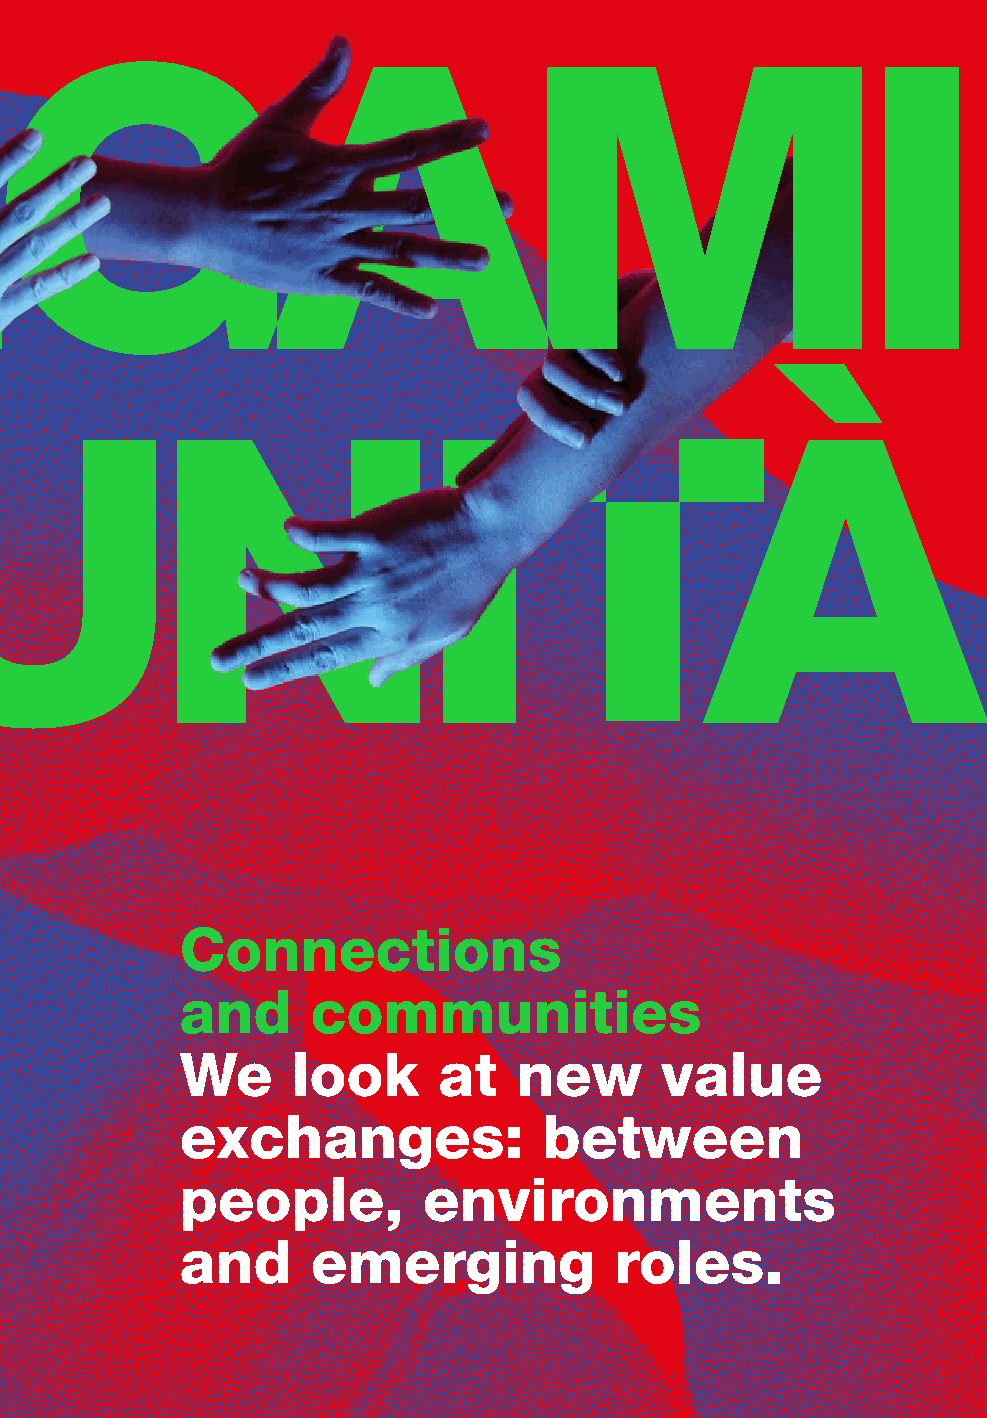
Connections
 and      communities
 We     look      at   new       value
 exchanges:              between
 people,         environments
 and      emerging            roles.